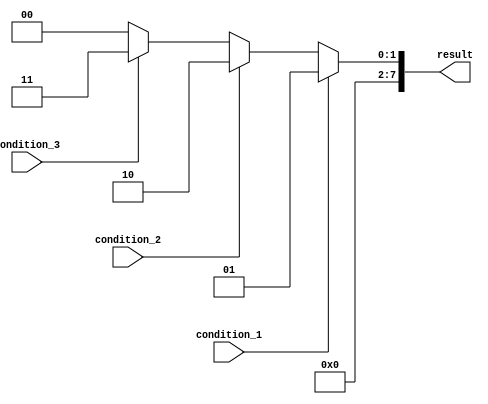
module if_else_ladder (
    input wire condition_1,
    input wire condition_2,
    input wire condition_3,
    output reg [7:0] result
);

always @ (*)
begin
    if (condition_1)
        result = 8'h01;
    else if (condition_2)
        result = 8'h02;
    else if (condition_3)
        result = 8'h03;
    else
        result = 8'h00;
end

endmodule